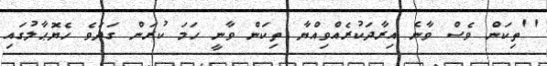
''ތިކަން ވެސް ވާނެ އިރާދަކުރެއްވިއްޔާ ތިކަން ވާނީ ހަމަ ކުރަން ގަދަވެ ހެޔޮޙާލުގައި